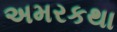
અમરકથા